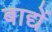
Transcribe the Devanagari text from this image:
बाद्यें